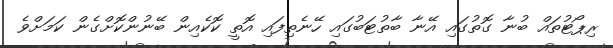
ރިޕޯޓުތައް ބުނާ ގޮތުގައި އޭނާ ބާތުޓަބުގައި ހޭނެތިފައި އޮތީ ކޮކެއިން ބޭނުންކޮށްގެން ކަމަށްވެ